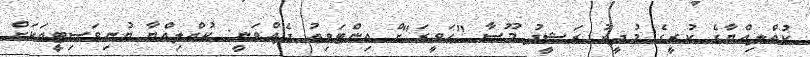
ކުއްލިއްޔާގެ ކުރީގެ މުދީރު ރަޝީދު މޫސާ "ހަވީރަ"ށް އިންޓަވިއު ދެއްވަނީ: ކުއްލިއްޔާ ޔުނިވަސިޓީއަކަށް